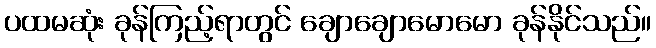
ပထမဆုံး ခုန်ကြည့်ရာတွင် ချောချောမောမော ခုန်နိုင်သည်။